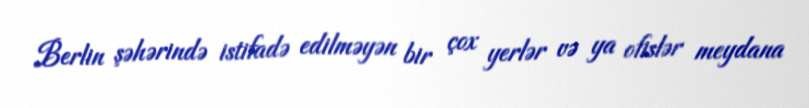
Berlin şəhərində istifadə edilməyən bir çox yerlər və ya ofislər meydana